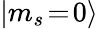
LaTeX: |m_{s}\! =\! 0\rangle